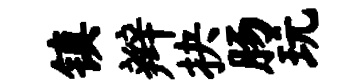
镇辫抉肠玩